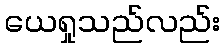
ယေရှုသည်လည်း